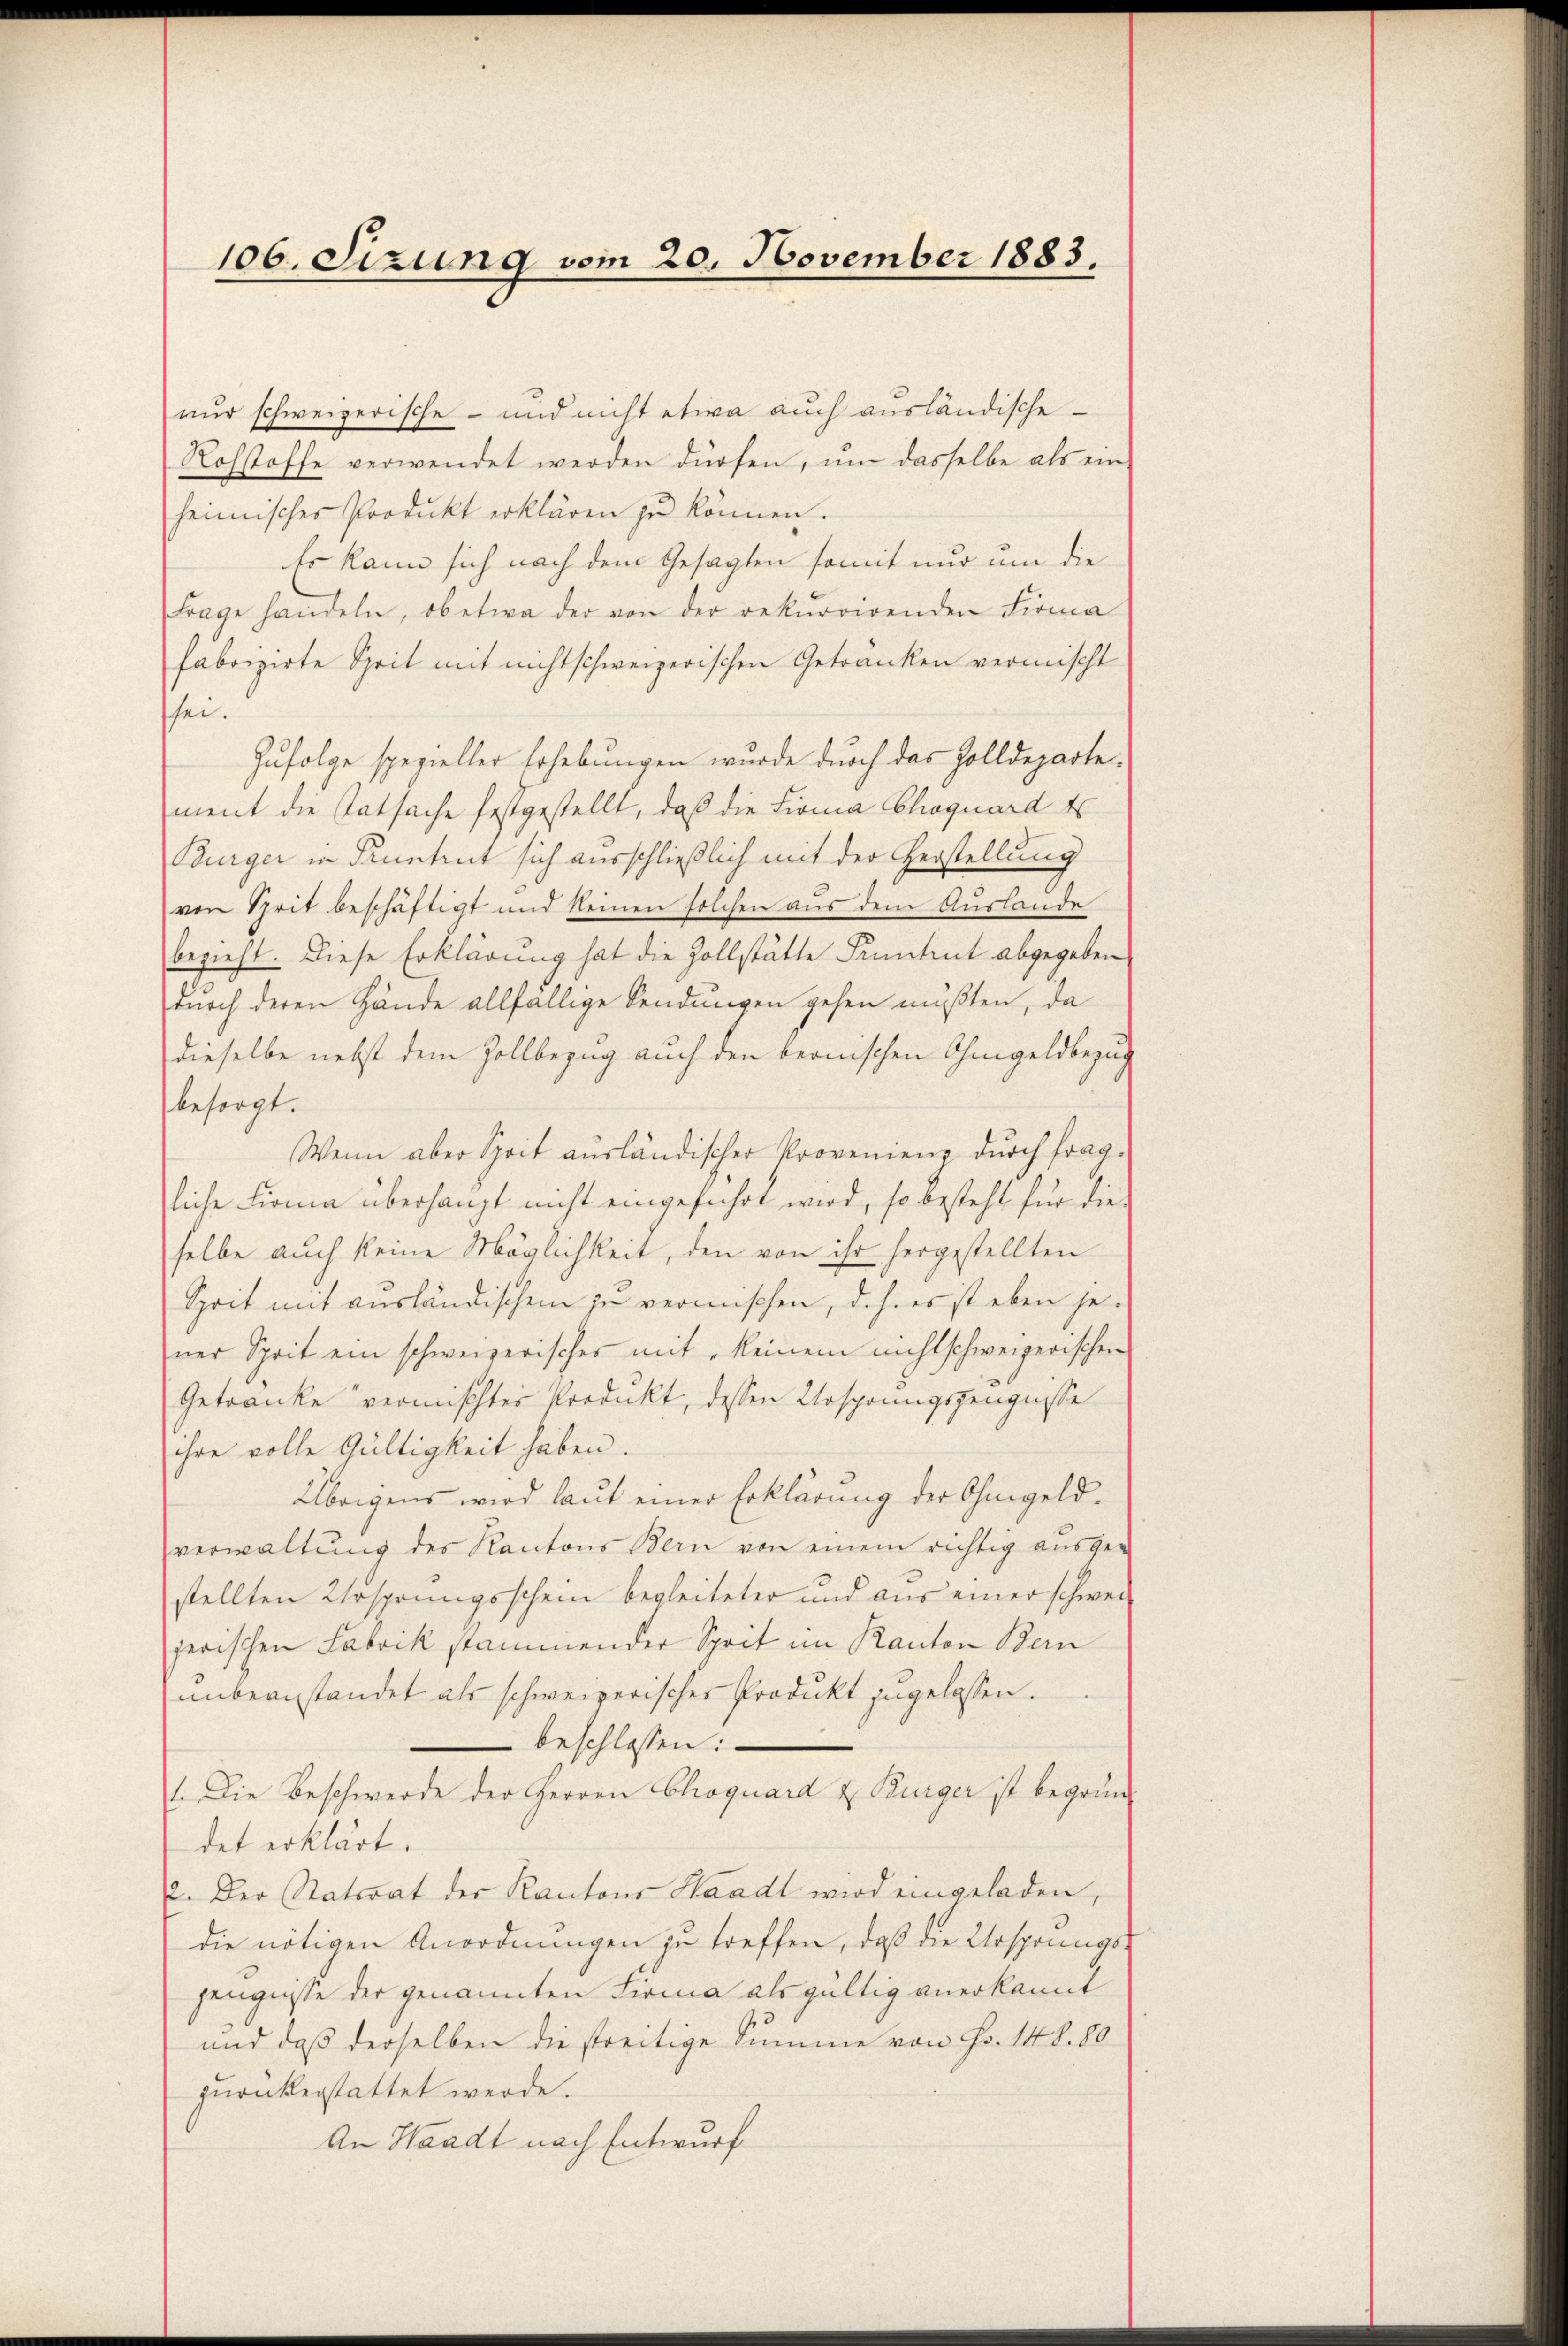
106. Sizung vom 20. November 1883.

nur schweizerische - und nicht etwa auch ausländische
Rohstoffe verwendet werden dürfen, um dasselbe als ein-
heimisches Produkt erklären zŭ können.
Es kann sich nach dem Gesagten somit nur um die
Frage handeln, ob etwa der von der rekurrirenden Firma
fabrizirte Sprit mit nicht schweizerischen Getränken vermischt
sei.
Zufolge spezieller Erhebungen wurde durch das Zolldeparte.
ment die Tatsache festgestellt, daß die Firma Choquard es
Turger in Pruntrut sich ausschließlich mit der Herstellung
von Sprit beschäftigt und keinen solchen aus dem Auslande
bezieht. Diese Erklärung hat die Zollstätte Pruntrut abgegeben
durch deren Hände allfällige Sendungen gehen müßten, da
dieselbe nebst dem Zollbezug auch den bernischen Ohmgeldbezug
besorgt.
Wenn aber Sprit ausländischer Provenienz durch fragliche Firma überhaupt nicht eingeführt wird, so besteht für die
selbe auch keine Möglichkeit, den von ihr hergestellten
Sprit mit ausländischen zu vermischen, d. h. es ist eben je
ner Sprit ein schweizerisches mit keinem nichtschweizerischen
Getranke vermischter Produkt, dessen Ursprungszeugnisse
ihre volle Gültigkeit haben.
Übrigens wird laut einer Erklärung der Ohmgeldverwaltŭng des Kantons Bern von einem richtig aŭsge-
stellten Ursprungsschein begleiteter und aus einer schwer
jerischen Fabrik stammender Sprit im Kanton Bern
unbeanstandet als schweizerischer Produkt zugelassen.
beschlossen:
1. Die Beschwerde der Herren Choquard & Bürger ist begründet erklärt.
2. Der Ratsrat der Kantons Waadt wird eingeladen,
die nötigen Anordnungen zu treffen, daß die Ursprungs-
zeugnisse der genannten Firma als gültig anerkannt
und daß derselben die streitige Summe von Fr. 148. 80
zurückerstattet werde.
An Waadt nach Entwurf